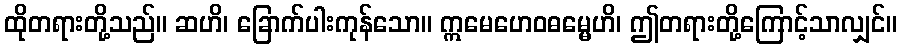
ထိုတရားတို့သည်။ ဆဟိ၊ ခြောက်ပါးကုန်သော။ ဣမေဟေဝဓမ္မေဟိ၊ ဤတရားတို့ကြောင့်သာလျှင်။